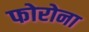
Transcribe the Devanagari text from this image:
फोरोना